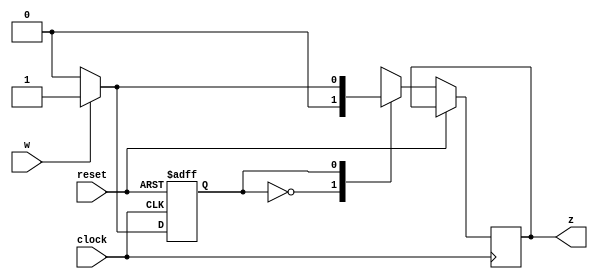
module mealy1(z,w,clock,reset);

input clock, reset, w;
output reg z;
reg y;
parameter S0=1'b0, S1=1'b1;

always @(posedge clock, posedge reset)
    if (reset) y<=S0;

    else

        case(y)
        S0: if (w)
        begin
        z<=0;
        y<=S1;
        end

        else
        begin
        z<=0;
        y<=S0;
        end


        S1: if (w)
        begin
        z<=1;
        y<=S1;
        end

        else
        begin
        z<=0;
        y<=S0;
        end
        endcase


endmodule